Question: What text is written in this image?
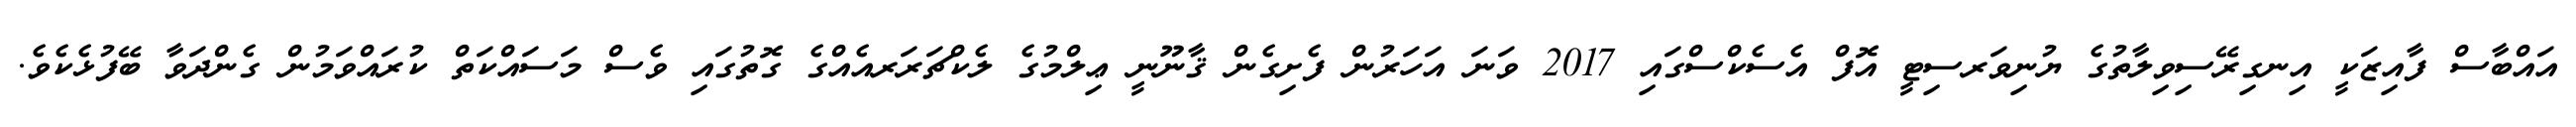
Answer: އައްބާސް ފާއިޒަކީ އިނގިރޭސިވިލާތުގެ ޔުނިވަރސިޓީ އޮފް އެސެކްސްގައި 2017 ވަނަ އަހަރުން ފެށިގެން ޤާނޫނީ ޢިލްމުގެ ލެކްޗަރަރއެއްގެ ގޮތުގައި ވެސް މަސައްކަތް ކުރައްވަމުން ގެންދަވާ ބޭފުޅެކެވެ.